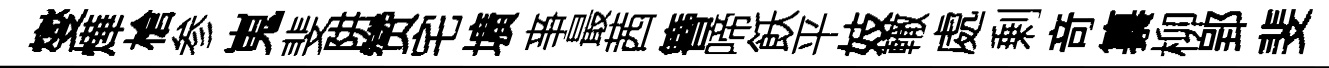
燮燁槍参嵬斐阱赞宅壙亊最茜簪啼飫平妓轍處剰竒纂柳郢斐